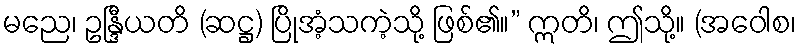
မညေ၊ ဥန္ဒြီယတိ (ဆဋ္ဌ) ပြိုအံ့သကဲ့သို့ ဖြစ်၏။” ဣတိ၊ ဤသို့။ (အဝေါစ၊